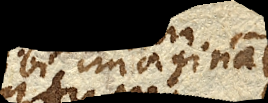
sibi imaginatur